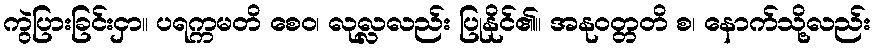
ကွဲပြားခြင်းငှာ။ ပရက္ကမတိ စေဝ၊ လုလ္လလည်း ပြုနိုင်၏။ အနုဝတ္တတိ စ၊ နောက်သို့လည်း